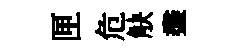
匣危觖盡